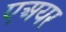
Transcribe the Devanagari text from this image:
एअयर